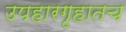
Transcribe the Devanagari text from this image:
उपहारगृहातच